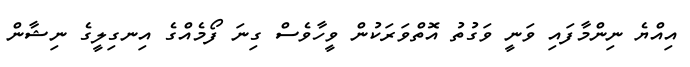
އިއްޔެ ނިންމާފައި ވަނީ ވަގުތު އޮތްވަރަކުން ވީހާވެސް ގިނަ ފޯމެއްގެ އިނގިލީގެ ނިޝާން